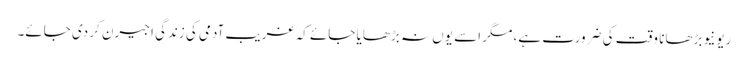
ریونیو بڑھانا وقت کی ضرورت ہے، مگر اسے یوں نہ بڑھایا جائے کہ غریب آدمی کی زندگی اجیرن کر دی جائے۔